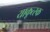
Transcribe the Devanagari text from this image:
याकूत्स्क